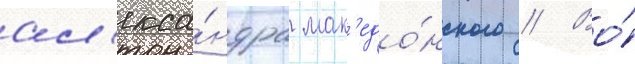
ал'екса́ндра мак'едо́нского // Во́